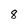
Character: 8